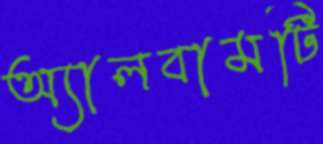
অ্যালবামটি